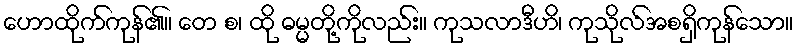
ဟောထိုက်ကုန်၏။ တေ စ၊ ထို ဓမ္မတို့ကိုလည်း။ ကုသလာဒီဟိ၊ ကုသိုလ်အစရှိကုန်သော။